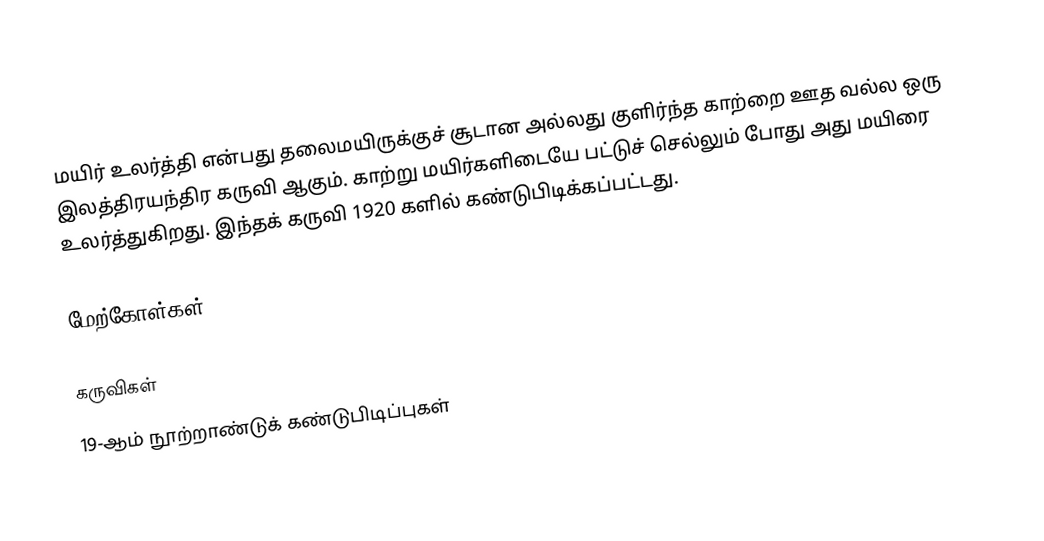
மயிர் உலர்த்தி என்பது தலைமயிருக்குச் சூடான அல்லது குளிர்ந்த காற்றை ஊத வல்ல ஒரு இலத்திரயந்திர கருவி ஆகும். காற்று மயிர்களிடையே பட்டுச் செல்லும் போது அது மயிரை உலர்த்துகிறது. இந்தக் கருவி 1920 களில் கண்டுபிடிக்கப்பட்டது.

மேற்கோள்கள்

கருவிகள்
19-ஆம் நூற்றாண்டுக் கண்டுபிடிப்புகள்